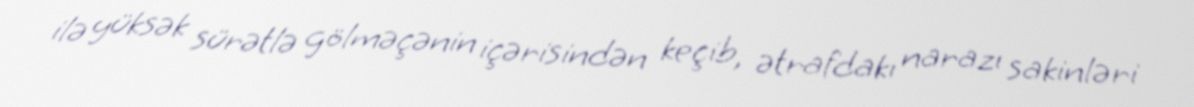
ilə yüksək sürətlə gölməçənin içərisindən keçib, ətrafdakı narazı sakinləri